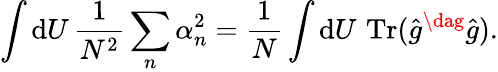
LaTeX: \int\mathrm{d}U\, \frac{1}{N^{2}}\sum_{n}\alpha_{n}^{2}=\frac{1}{N}\int\mathrm{d}U\, \operatorname{Tr}(\hat{g}^{\dag}\hat{g}).